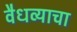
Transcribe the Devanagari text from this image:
वैधव्याचा